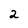
Character: 2